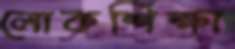
লোকশিক্ষা